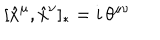
LaTeX: [ \hat { x } ^ { \mu } , \hat { x } ^ { \nu } ] _ { * } = i \, \theta ^ { \mu \nu }